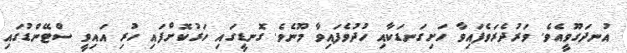
އުނދަގޫވީއެވެ. ވަރުދެރަވެފައިވާ ހަށިގަނޑަކާއި ހުދުވެފައިވާ މޫނެވެ. ގޮނޑީގައި ހަރުކޮށްފައި ހުރި އައިވީ ސްޓޭންޑުގައި